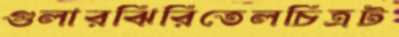
গুলারঝিরিতেলচিত্রট